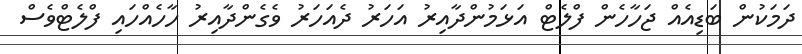
ދަމަކުން ބަޑިއެއް ޖަހާހެން ފްލެޓް އަޅަމުންދާއިރު އަހަރު ދެއަހަރު ވެގެންދާއިރު ހާހެއްހައި ފްލެޓްވެސް